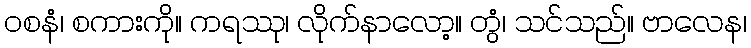
ဝစနံ၊ စကားကို။ ကရဿု၊ လိုက်နာလော့။ တွံ၊ သင်သည်။ ဗာလေန၊